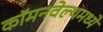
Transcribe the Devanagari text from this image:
कॉमनवेल्थमध्ये